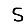
Digit: 5